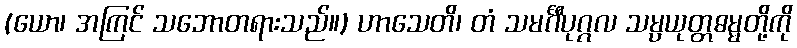
(ယော၊ အကြင် သဘောတရားသည်။) ဟာသေတိ၊ တံ သမင်္ဂီပုဂ္ဂလ သမ္ပယုတ္တဓမ္မတို့ကို